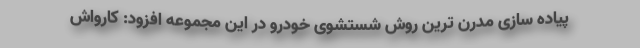
پیاده سازی مدرن ترین روش شستشوی خودرو در این مجموعه افزود: کارواش